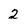
Character: 2